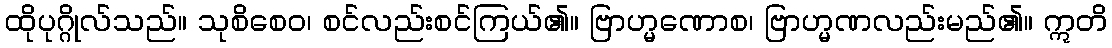
ထိုပုဂ္ဂိုလ်သည်။ သုစိစေဝ၊ စင်လည်းစင်ကြယ်၏။ ဗြာဟ္မဏောစ၊ ဗြာဟ္မဏလည်းမည်၏။ ဣတိ